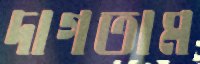
দাগতাম